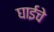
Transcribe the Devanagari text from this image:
घाईचे